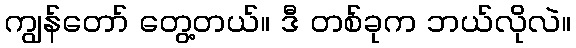
ကျွန်တော် တွေ့တယ်။ ဒီ တစ်ခုက ဘယ်လိုလဲ။